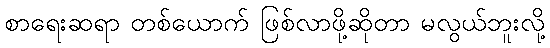
စာရေးဆရာ တစ်ယောက် ဖြစ်လာဖို့ဆိုတာ မလွယ်ဘူးလို့